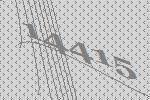
14415